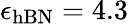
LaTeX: \epsilon_{\mathrm{hBN}}=4.3